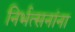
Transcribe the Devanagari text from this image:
निर्भत्सनांना